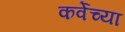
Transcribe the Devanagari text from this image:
कर्वेच्या